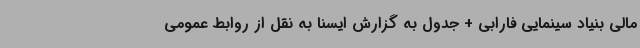
مالی بنیاد سینمایی فارابی + جدول به گزارش ایسنا به نقل از روابط عمومی